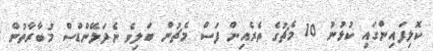
ކޮލިފައިންގައި ކުޅުނު 10 މެޗުގެ ތެރެއިން ފަސް މެޗުން ބަލިވެ ނެދަލޭންޑްސް މުބާރާތުން